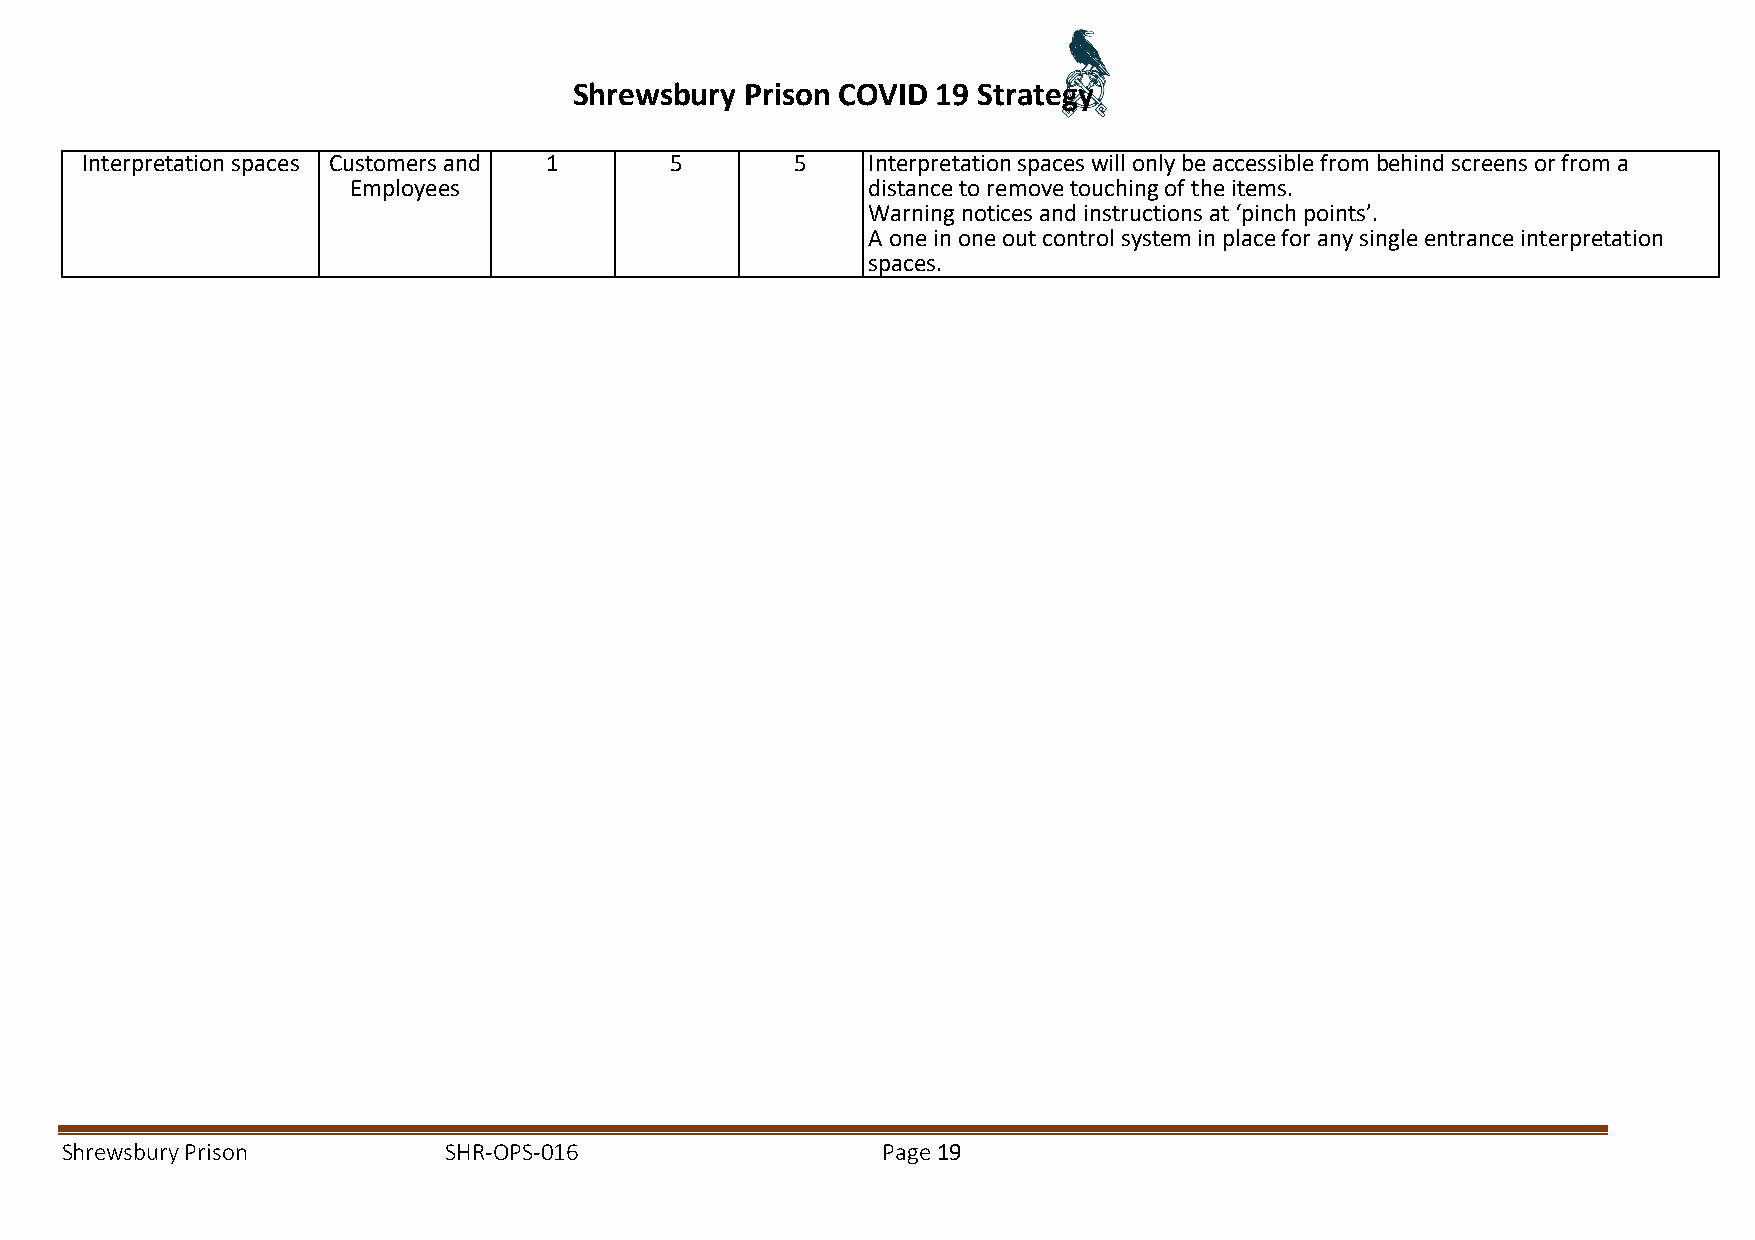
Shrewsbury Prison COVID 19 Strategy
 Interpretation spaces Customers and 1  5        5   Interpretation spaces will only be accessible from behind screens or from a
 Employees                         distance to remove touching of the items.
 Warning notices and instructions at ‘pinch points’.
 A one in one out control system in place for any single entrance interpretation
 spaces.
 Shrewsbury Prison        SHR-OPS-016                  Page 19